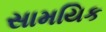
સામયિક